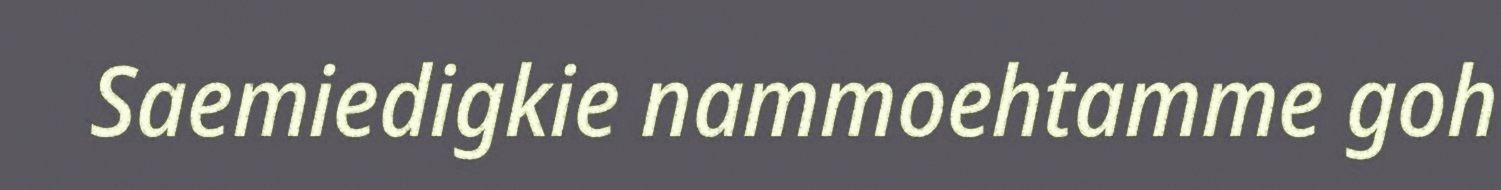
Saemiedigkie nammoehtamme goh